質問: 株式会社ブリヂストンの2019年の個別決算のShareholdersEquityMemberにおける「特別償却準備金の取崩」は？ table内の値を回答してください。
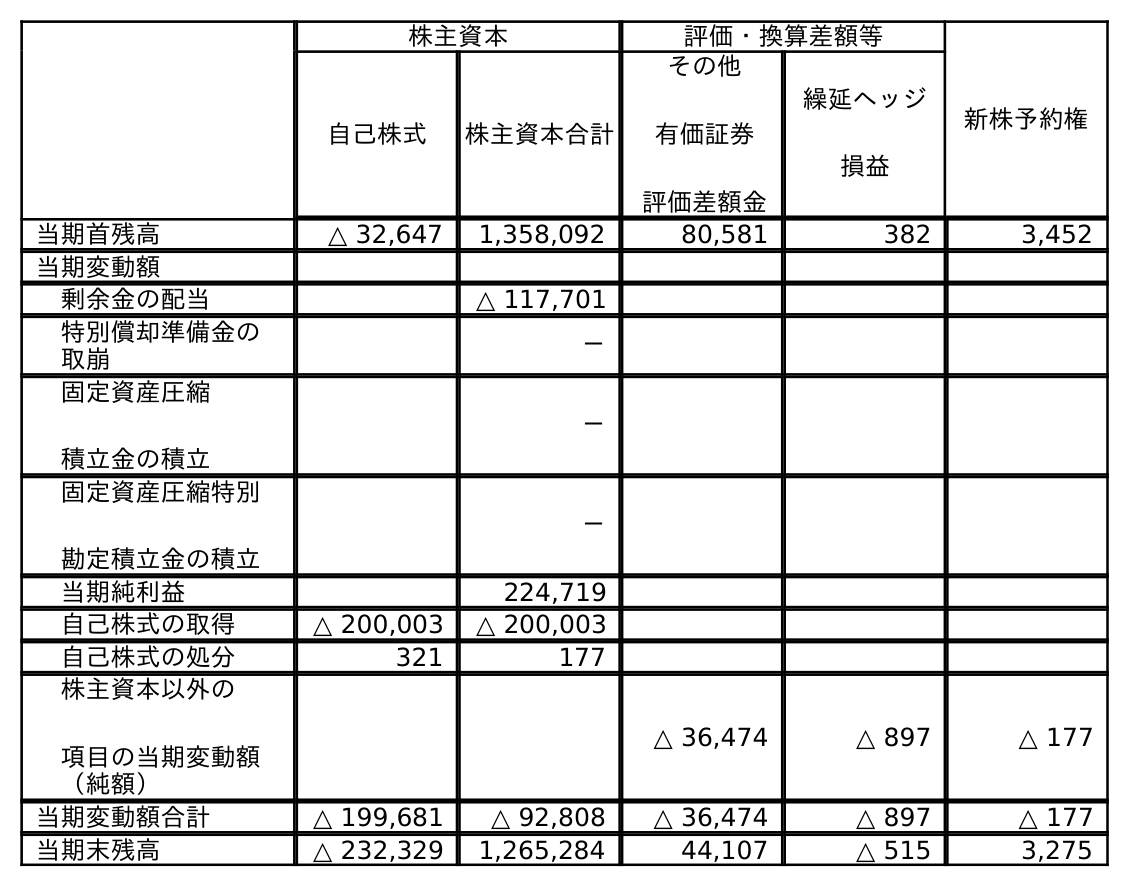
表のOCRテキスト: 株主資本 評価・換算差額等 新株予約権 自己株式 株主資本合計 その他 有価証券 評価差額金 繰延ヘッジ 損益 当期首残高 △ 32,647 1,358,092 80,581 382 3,452 当期変動額 剰余金の配当 △ 117,701 特別償却準備金の 取崩 － 固定資産圧縮 積立金の積立 － 固定資産圧縮特別 勘定積立金の積立 － 当期純利益 224,719 自己株式の取得 △ 200,003 △ 200,003 自己株式の処分 321 177 株主資本以外の 項目の当期変動額 （純額） △ 36,474 △ 897 △ 177 当期変動額合計 △ 199,681 △ 92,808 △ 36,474 △ 897 △ 177 当期末残高 △ 232,329 1,265,284 44,107 △ 515 3,275
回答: －